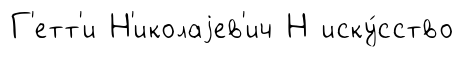
Г'етт'и Н'иколаjев'ич Н иску́сство